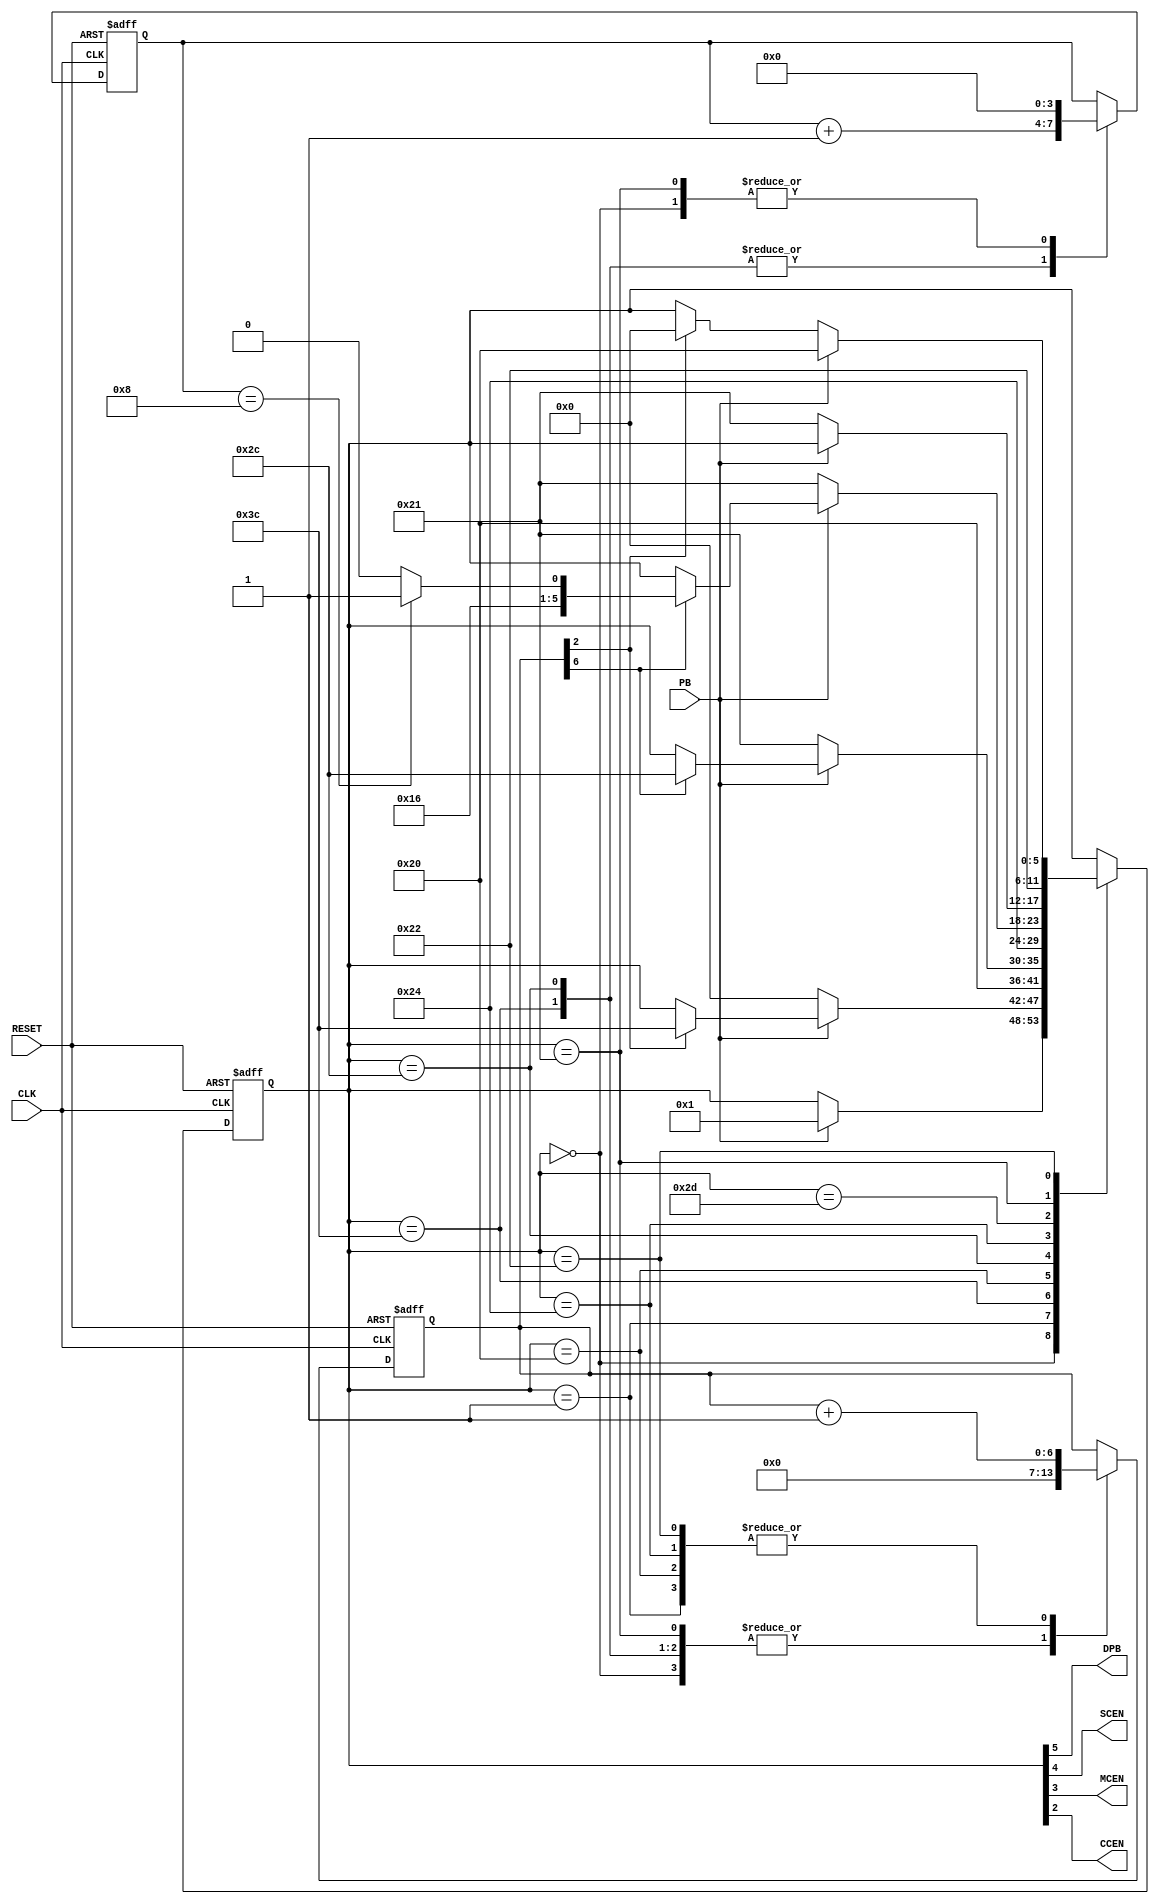
module debouncer(CLK, RESET, PB, DPB, SCEN, MCEN, CCEN);

	input	CLK, RESET;
	input	PB;

	output	DPB;
	output	SCEN, MCEN, CCEN;

	parameter N_dc = 7;

	(* fsm_encoding = "user" *)
	reg [5:0] state;
	reg [(N_dc - 1):0] debounce_count;
	reg [3:0] MCEN_count;

	assign {DPB, SCEN, MCEN, CCEN} = state[5:2];

	localparam
		INI        = 6'b000000,
		W84        = 6'b000001,
		SCEN_st    = 6'b111100,
		WS         = 6'b100000,
		MCEN_st    = 6'b101100,
		CCEN_st    = 6'b100100,
		MCEN_cont  = 6'b101101,
		CCR        = 6'b100001,
		WFCR       = 6'b100010;

	always @ (posedge CLK, posedge RESET) begin : State_Machine
		if (RESET) begin
			state <= INI;
			debounce_count <= 'bx;
			MCEN_count <= 4'bx;
		end
		else begin
			case (state)
				INI: begin
					debounce_count <= 0;
					MCEN_count <= 0;
					if (PB) begin
						state <= W84;
					end
				end

				W84: begin
					debounce_count <= debounce_count + 1;
					if (!PB) begin
						state <= INI;
					end
					else if (debounce_count[N_dc - 5]) begin
						state <= SCEN_st;
					end
				end

				SCEN_st: begin
					debounce_count <= 0;
					MCEN_count <= MCEN_count + 1;
					state <= WS;
				end

				WS: begin
					debounce_count <= debounce_count + 1;
					if (!PB) begin
						state <= CCR;
					end
					else if (debounce_count[N_dc - 1]) begin
						state <= MCEN_st;
					end
				end

				MCEN_st: begin
					debounce_count <= 0;
					MCEN_count <= MCEN_count + 1;
					state <= CCEN_st;
				end

				CCEN_st: begin
					debounce_count <= debounce_count + 1;
					if (!PB) begin
						state <= CCR;
					end
					else if (debounce_count[N_dc - 1]) begin
						if (MCEN_count == 4'b1000) begin
							state <= MCEN_cont;
						end
						else begin
							state <= MCEN_st;
						end
					end
				end

				MCEN_cont: begin
					if (!PB) begin
						state <= CCR;
					end
				end

				CCR: begin
					debounce_count <= 0;
					MCEN_count <= 0;
					state <= WFCR;
				end

				WFCR: begin
					debounce_count <= debounce_count + 1;
					if (PB) begin
						state <= WS;
					end
					else if (debounce_count[N_dc - 5]) begin
						state <= INI;
					end
				end
			endcase
		end
	end
endmodule